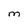
Character: M